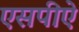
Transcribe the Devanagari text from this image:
एसपीऐ